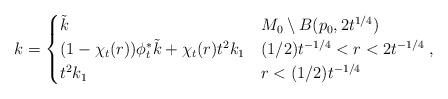
LaTeX: \begin{align*}k =\begin{cases}\tilde{k} & M_0 \setminus B(p_0, 2 t^{1/4}) \\(1 - \chi_{t}(r) )\phi_{t}^* \tilde{k} + \chi_{t}(r) t^{2}k_{1} & (1/2) t^{-1/4} < r < 2 t^{-1/4}\\t^{2} k_{1} & r < (1/2) t^{-1/4} \\\end{cases},\end{align*}